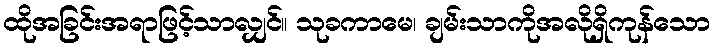
ထိုအခြင်းအရာဖြင့်သာလျှင်။ သုခကာမေ၊ ချမ်းသာကိုအလိုရှိကုန်သော